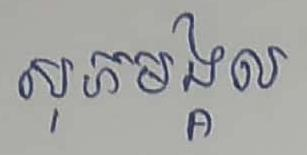
សុភមង្គល